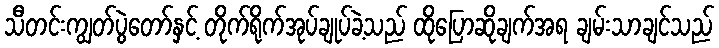
သီတင်းကျွတ်ပွဲတော်နှင့် တိုက်ရိုက်အုပ်ချုပ်ခဲ့သည် ထိုပြောဆိုချက်အရ ချမ်းသာချင်သည်